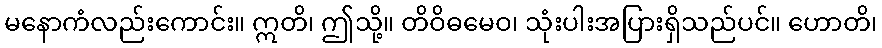
မနောကံလည်းကောင်း။ ဣတိ၊ ဤသို့။ တိဝိဓမေဝ၊ သုံးပါးအပြားရှိသည်ပင်။ ဟောတိ၊